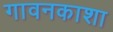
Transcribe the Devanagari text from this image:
गावनकाशा